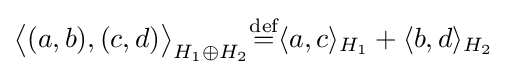
{\bigl \langle }(a,b),(c,d){\bigr \rangle }_{H_{1}\oplus H_{2}}{\stackrel {\text{def}}{=}}\langle a,c\rangle _{H_{1}}+\langle b,d\rangle _{H_{2}}